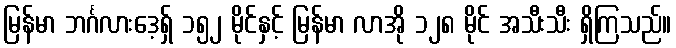
မြန်မာ ဘင်္ဂလားဒေ့ရှ် ၁၅၂ မိုင်နှင့် မြန်မာ လာအို ၁၂၈ မိုင် အသီးသီး ရှိကြသည်။